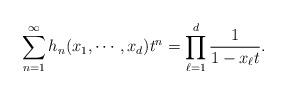
LaTeX: \begin{align*}\sum_{n=1}^\infty h_n(x_1, \cdots, x_d) t^n = \prod_{\ell=1}^{d} \frac{1}{1-x_\ell t}.\end{align*}